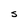
Character: S